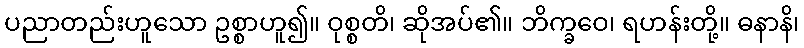
ပညာတည်းဟူသော ဥစ္စာဟူ၍။ ဝုစ္စတိ၊ ဆိုအပ်၏။ ဘိက္ခဝေ၊ ရဟန်းတို့။ ဓနာနိ၊